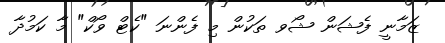
ޒަމާނީ ފެޝަން ޝޯވ ތަކުން މި ފެންނަ "ކެޓް ވޯކް" މާ ކަމުދާ